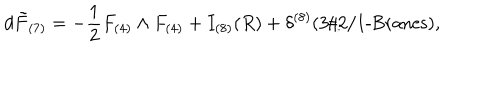
LaTeX: d \tilde { F } _ { ( 7 ) } = - \frac { 1 } { 2 } F _ { ( 4 ) } \wedge F _ { ( 4 ) } + I _ { ( 8 ) } ( R ) + \delta ^ { ( 8 ) } ( 3 / 2 / 1 \mathrm { - B r a n e s } ) ,